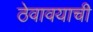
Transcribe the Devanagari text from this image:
ठेवावयाची